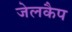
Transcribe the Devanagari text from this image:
जेलकैप